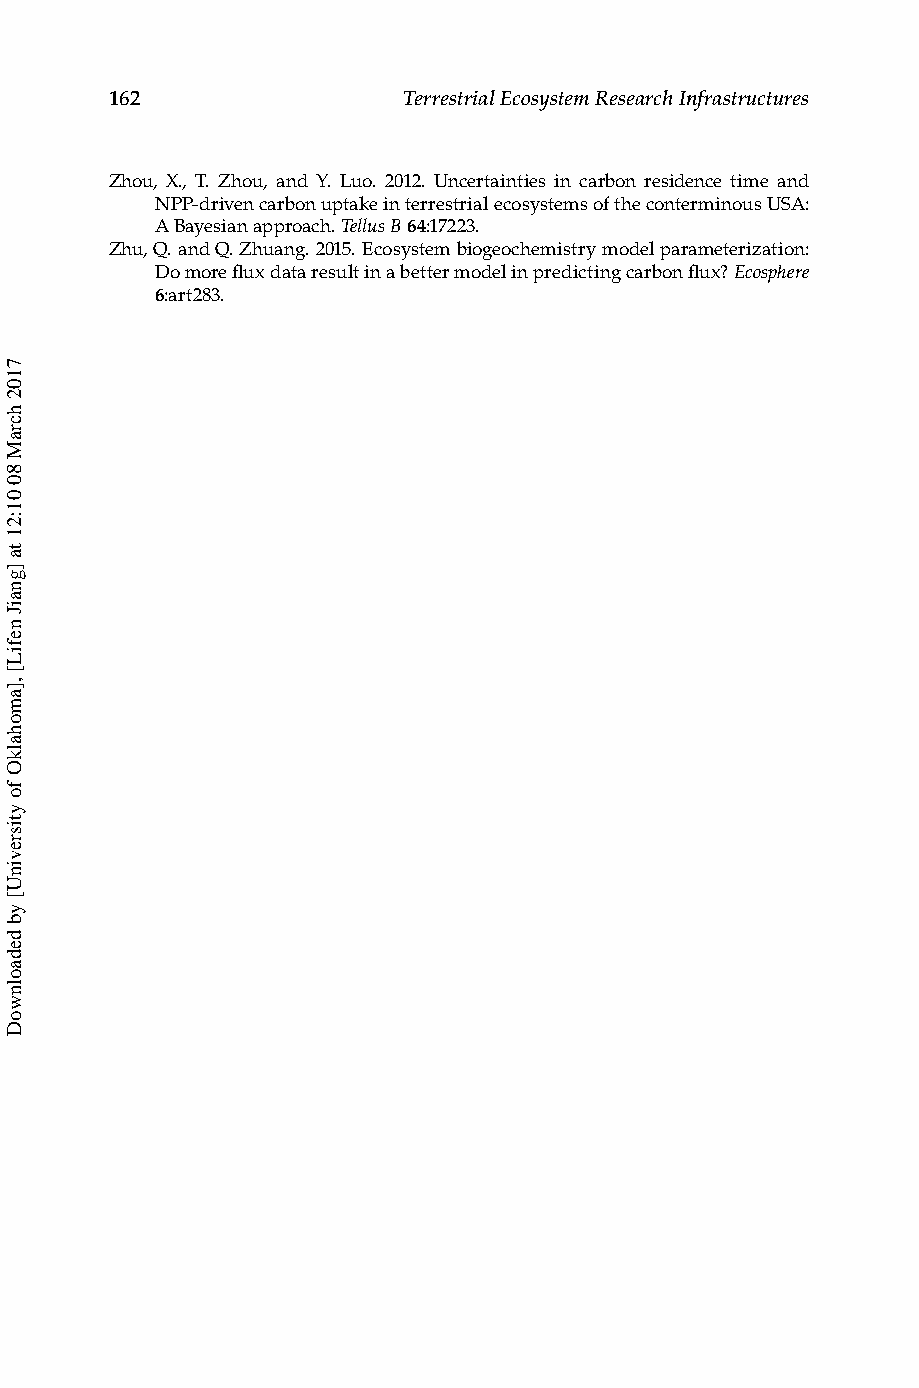
162                 Terrestrial Ecosystem Research Infrastructures
 Zhou, X., T. Zhou, and Y. Luo. 2012. Uncertainties in carbon residence time and
 NPP-driven carbon uptake in terrestrial ecosystems of the conterminous USA:
 A Bayesian approach. Tellus B 64:17223.
 Zhu, Q. and Q. Zhuang. 2015. Ecosystem biogeochemistry model parameterization:
 Do more flux data result in a better model in predicting carbon flux? Ecosphere
 6:art283.
 7102
 hcraM
 80
 01:21
 ta
 ]gnaiJ
 nefiL[
 ,]amohalkO
 fo
 ytisrevinU[
 yb
 dedaolnwoD